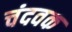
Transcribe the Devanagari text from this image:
चंदवक